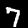
Digit: 7